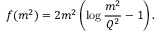
f ( m ^ { 2 } ) = 2 m ^ { 2 } \left( \log \frac { m ^ { 2 } } { Q ^ { 2 } } - 1 \right) .